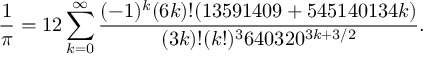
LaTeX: { \frac { 1 } { \pi } } = 1 2 \sum _ { k = 0 } ^ { \infty } { \frac { ( - 1 ) ^ { k } ( 6 k ) ! ( 1 3 5 9 1 4 0 9 + 5 4 5 1 4 0 1 3 4 k ) } { ( 3 k ) ! ( k ! ) ^ { 3 } 6 4 0 3 2 0 ^ { 3 k + 3 / 2 } } } .